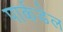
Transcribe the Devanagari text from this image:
पार्कडेल